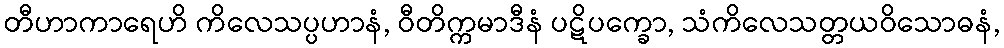
တီဟာကာရေဟိ ကိလေသပ္ပဟာနံ, ဝီတိက္ကမာဒီနံ ပဋိပက္ခော, သံကိလေသတ္တယဝိသောဓနံ,